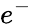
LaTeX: e^{-}